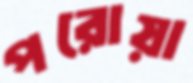
পরোয়া